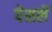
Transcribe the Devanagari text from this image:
वेसलें